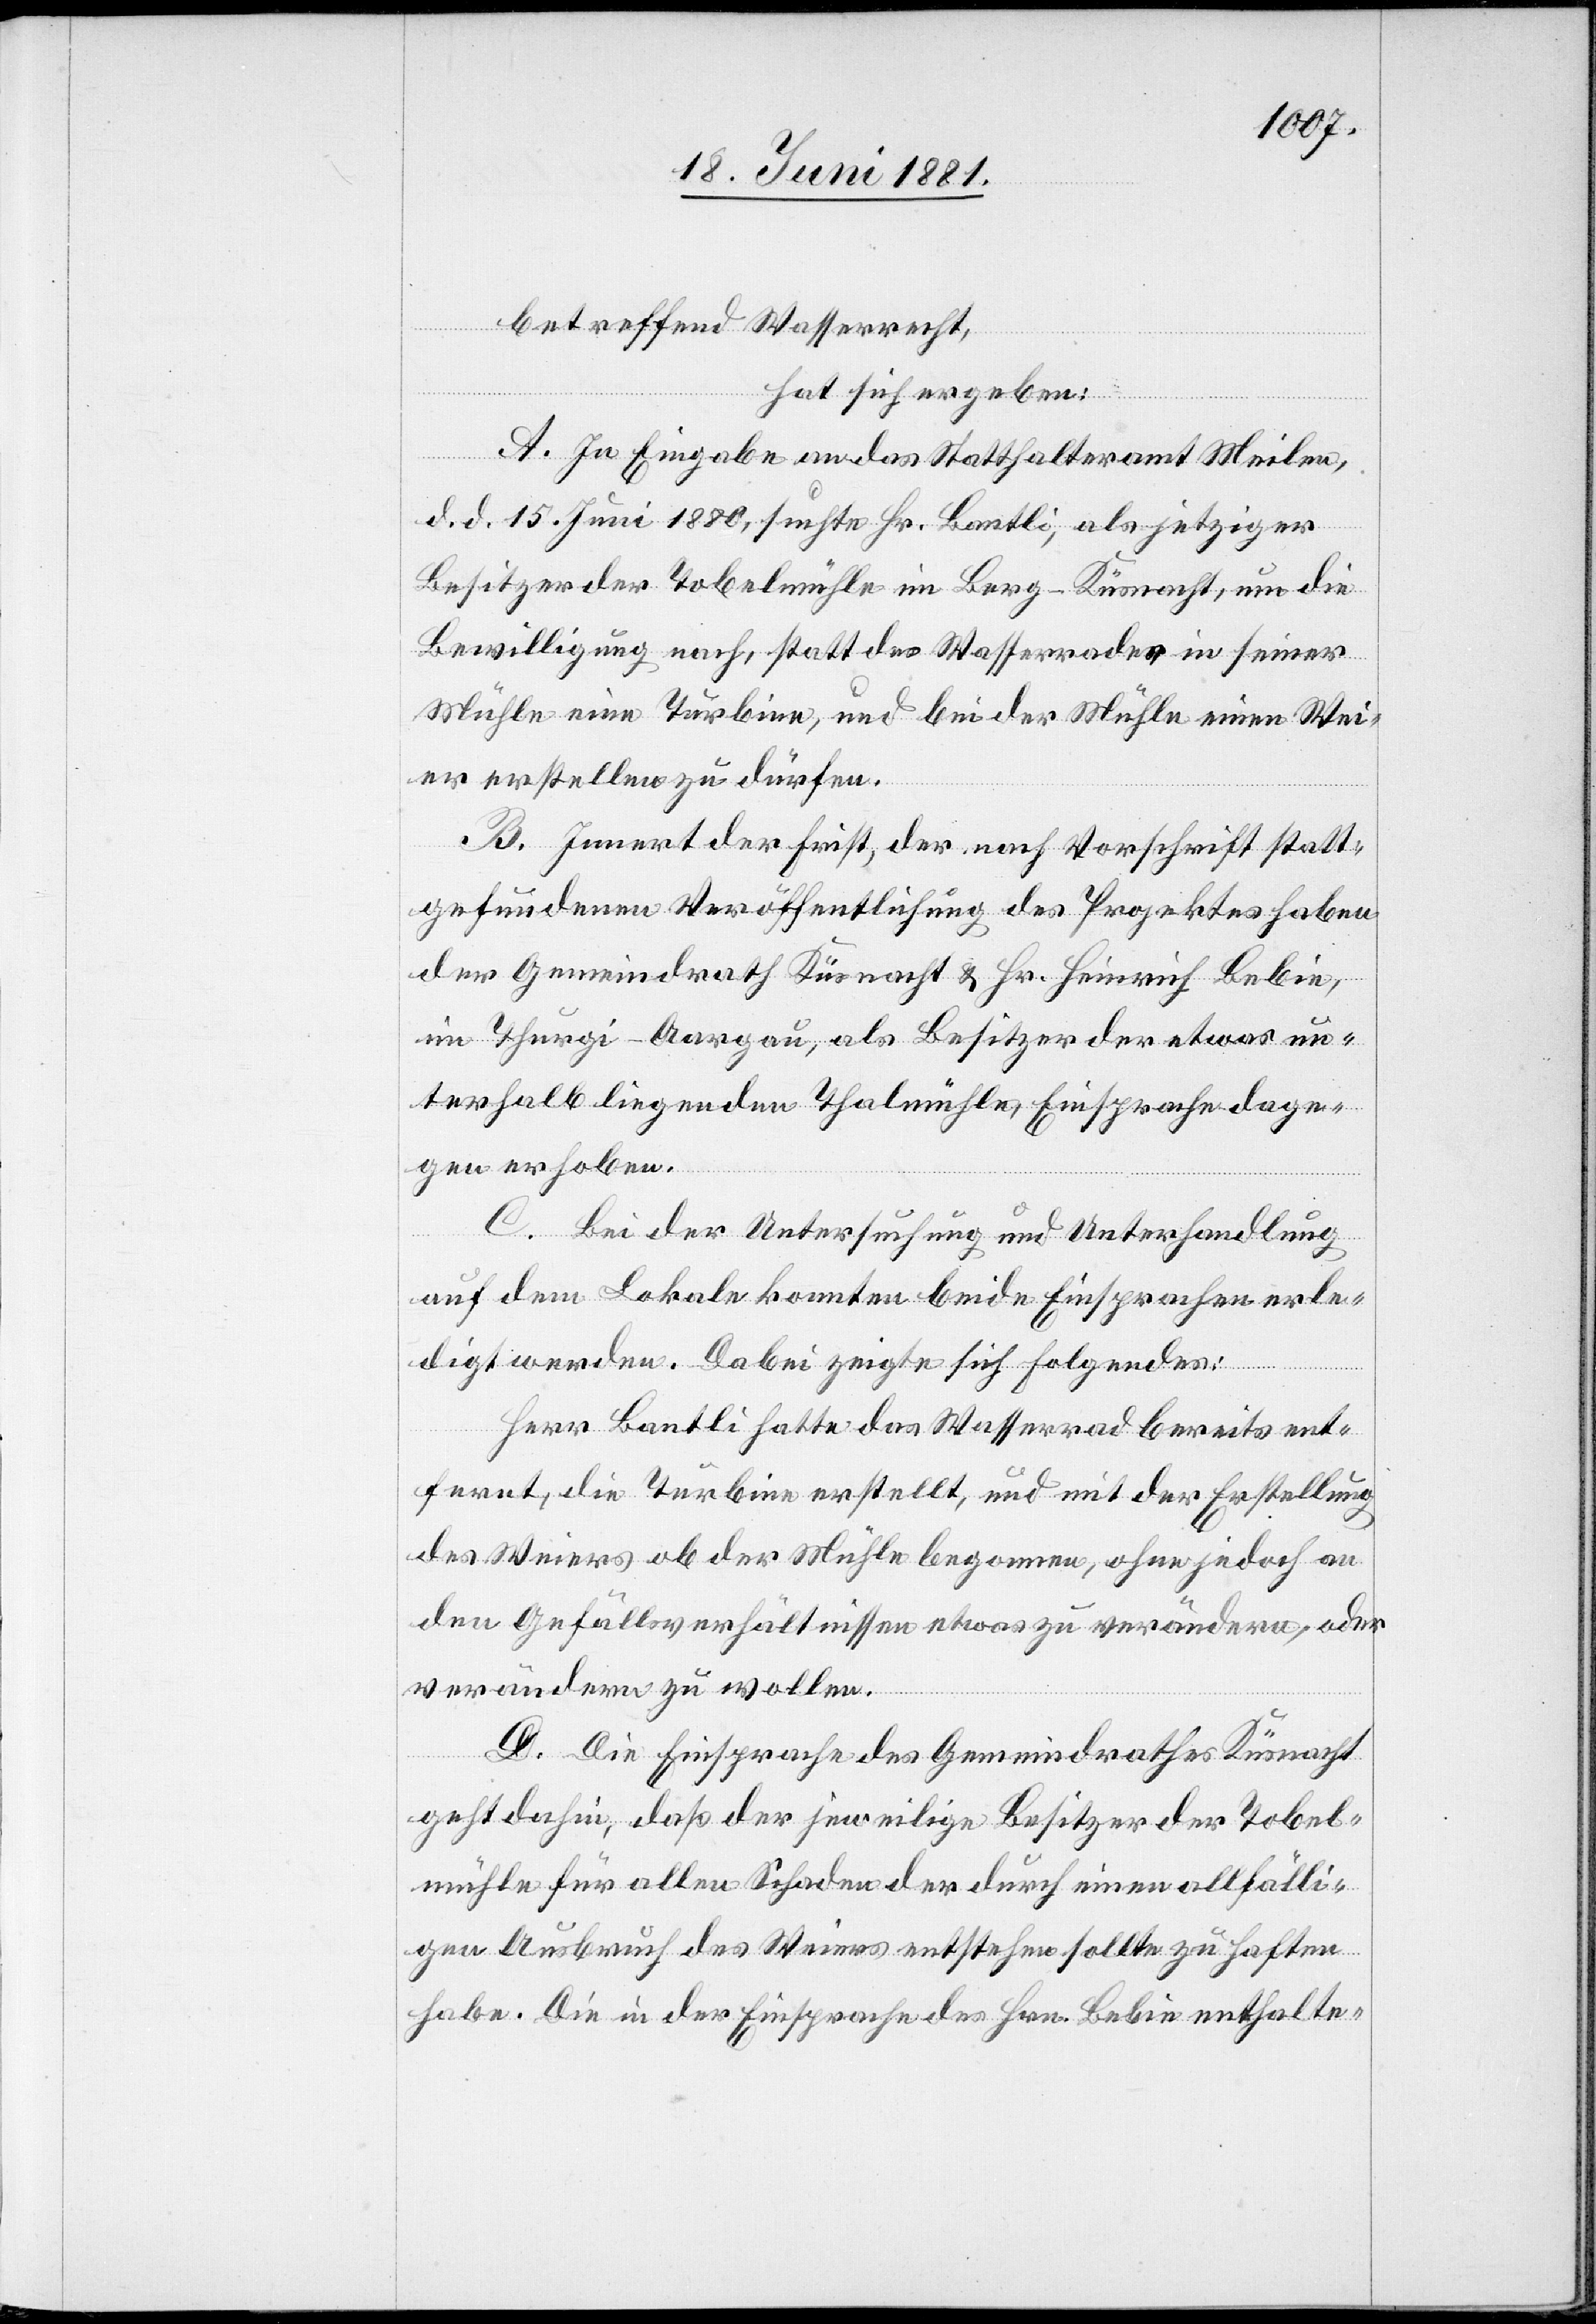
betreffend Wasserrecht,
hat sich ergeben:
A. In Eingabe an das Statthalteramt Meilen,
d. d. 15. Juni 1880, suchte Hr. Bantli, als jetziger
Besitzer der Tobelmühle in Berg - Küsnacht, um die
Bewilligung nach, statt des Wasserrades in seiner
Mühle eine Turbine, und bei der Mühle einen Wei¬
er erstellen zu dürfen.
B. Innert der Frist, der nach Vorschrift statt¬
gefundenen Veröffentlichung des Projektes haben
der Gemeindrath Küsnacht & Hr. Heinrich Bebie,
im Thurgi - Aargau, als Besitzer der etwas un¬
terhalb liegenden Thalmühle, Einsprache dage¬
gen erhoben.
C. Bei der Untersuchung und Unterhandlung
auf dem Lokale konnten beide Einsprachen erle¬
digt werden. Dabei zeigte sich Folgendes:
Herr Bantli hatte das Wasserrad bereits ent¬
fernt, die Turbine erstellt, und mit der Erstellung
des Weiers ob der Mühle begonnen, ohne jedoch an
den Gefällsverhältnissen etwas zu verändern, oder
verändern zu wollen.
D. Die Einsprache des Gemeindrathes Küsnacht
geht dahin, daß der jeweilige Besitzer der Tobel¬
mühle für allen Schaden der durch einen allfälli¬
gen Umbau des Weiers entstehen sollte zu haften
habe. Die in der Einsprache des Hrn. Bebie enthalte-